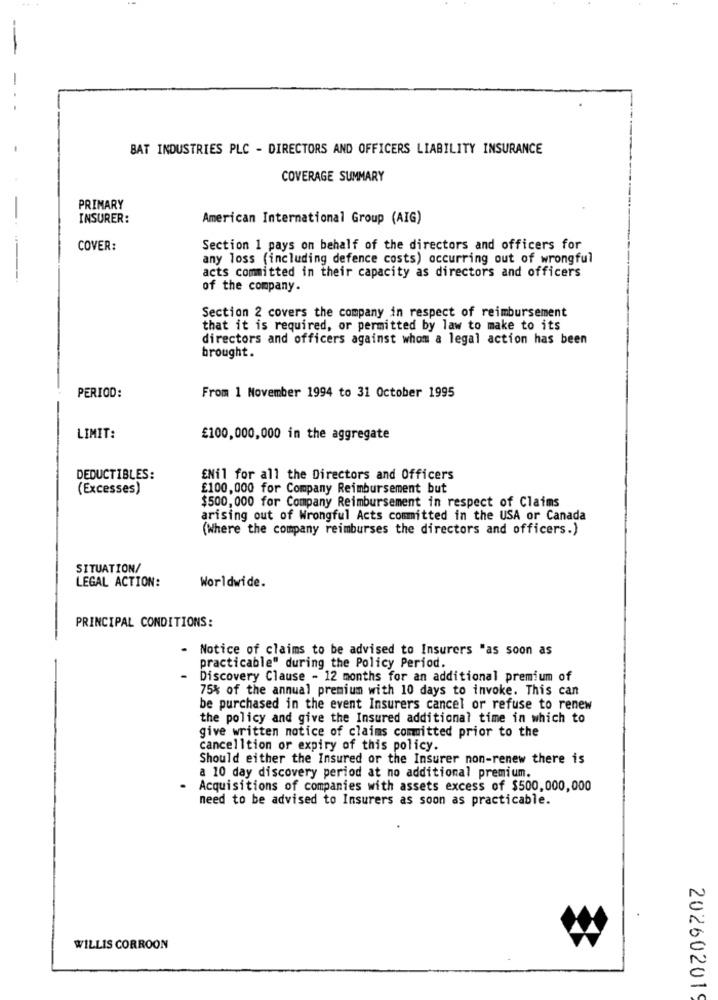
BAT INDUSTRIES PLC - DIRECTORS AND OFFICERS LIABILITY INSURANCE
COVERAGE SUMMARY
PRIMARY
INSURER:
American International Group (AIG)
COVER:
Section 1 pays on behalf of the directors and officers for
any loss (including defence costs) occurring out of wrongful
acts committed in their capacity as directors and officers
of the company.
Section 2 covers the company in respect of reimbursement
that it is required, or permitted by law to make to its
directors and officers against whom a legal action has been
brought.
PERIOD:
From 1 November 1994 to 31 October 1995
LIMIT:
£100,000,000 in the aggregate
DEDUCTIBLES:
ENil for all the Directors and Officers
(Excesses)
£100,000 for Company Reimbursement but
$500,000 for Company Reimbursement in respect of Claims
arising out of Wrongful Acts committed in the USA or Canada
(Where the company reimburses the directors and officers.)
SITUATION/
LEGAL ACTION:
Worldwide.
PRINCIPAL CONDITIONS:
- Notice of claims to be advised to Insurers "as soon as
practicable" during the Policy Period.
Discovery Clause - 12 months for an additional premium of
75% of the annual premium with 10 days to invoke. This can
be purchased in the event Insurers cancel or refuse to renew
the policy and give the Insured additional time in which to
give written notice of claims committed prior to the
cancelltion or expiry of this policy.
Should either the Insured or the Insurer non-renew there is
a 10 day discovery period at no additional premium.
Acquisitions of companies with assets excess of $500,000,000
need to be advised to Insurers as soon as practicable.
WILLIS CORROON
20260201